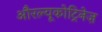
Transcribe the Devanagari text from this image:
औरल्यूकोट्रिनेज़